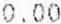
0.00